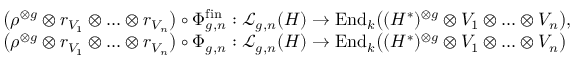
\begin{array} { r l } & { \bigl ( \rho ^ { \otimes g } \otimes r _ { V _ { 1 } } \otimes \ldots \otimes r _ { V _ { n } } \bigr ) \circ \Phi _ { g , n } ^ { \mathrm { f i n } } : \mathcal { L } _ { g , n } ( H ) \to \mathrm { E n d } _ { k } \bigl ( ( H ^ { * } ) ^ { \otimes g } \otimes V _ { 1 } \otimes \ldots \otimes V _ { n } \bigr ) , } \\ & { \bigl ( \rho ^ { \otimes g } \otimes r _ { V _ { 1 } } \otimes \ldots \otimes r _ { V _ { n } } \bigr ) \circ \Phi _ { g , n } : \mathcal { L } _ { g , n } ( H ) \to \mathrm { E n d } _ { k } \bigl ( ( H ^ { * } ) ^ { \otimes g } \otimes V _ { 1 } \otimes \ldots \otimes V _ { n } \bigr ) } \end{array}